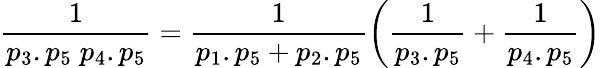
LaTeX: \frac{1}{p_{3}.p_{5}\; p_{4}.p_{5}}=\frac{1}{p_{1}.p_{5}+p_{2}.p_{5}}\left(\frac{1}{p_{3}.p_{5}}+\frac{1}{p_{4}.p_{5}}\right)